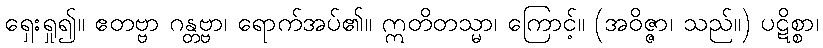
ရှေးရှု၍။ ဧတဗ္ဗာ ဂန္တဗ္ဗာ၊ ရောက်အပ်၏။ ဣတိတသ္မာ၊ ကြောင့်။ (အဝိဇ္ဇာ၊ သည်။) ပဋိစ္စာ၊